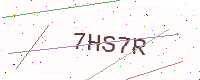
Text: 7HS7R